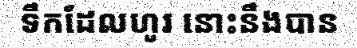
ទឹកដែលហូរ នោះនឹងបាន